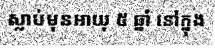
ស្លាប់មុនអាយុ ៥ ឆ្នាំ នៅក្នុង